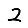
Digit: 2